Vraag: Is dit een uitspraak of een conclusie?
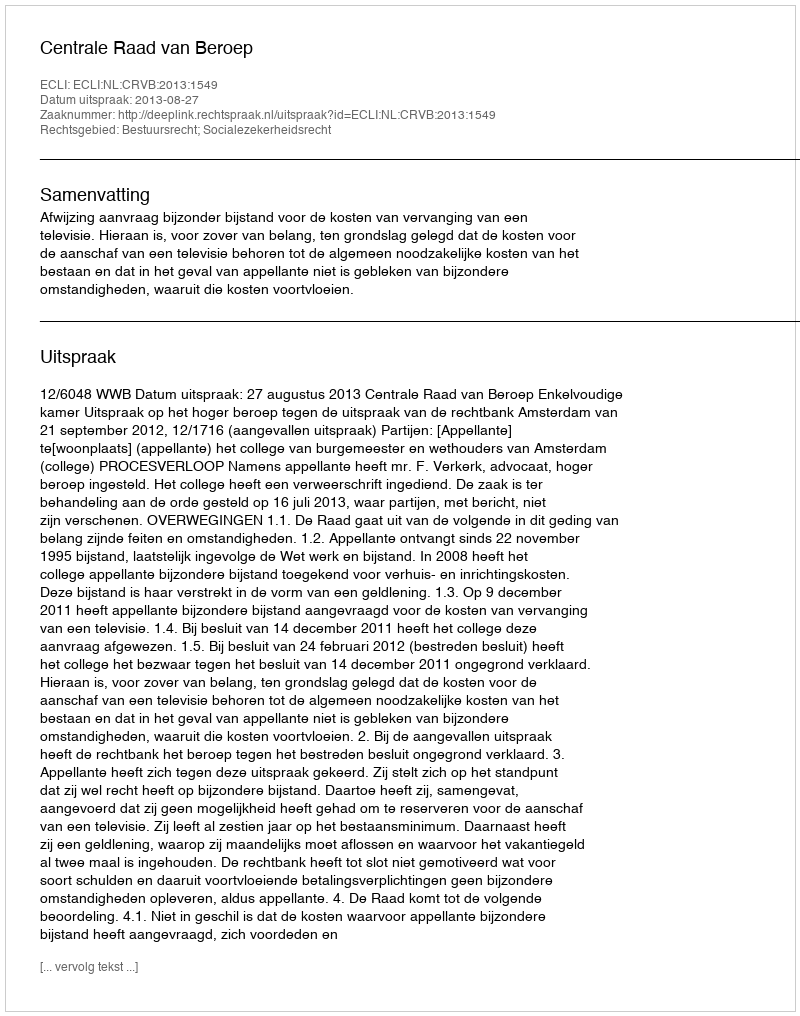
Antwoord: Uitspraak